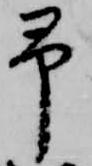
予